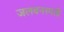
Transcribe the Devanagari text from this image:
जलवनस्पती